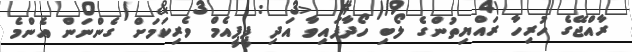
ރާއްޖޭގެ ހުރިހާ ރައްޔިތުންގެ ލޯބި ހޯދާފައިވާ އަދި ޕީޕީއެމް ވެރިކަމަށް ގެންނަން އެންމެ